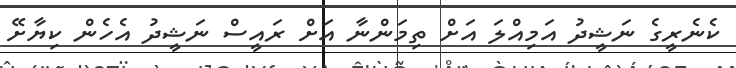
ކެނެރީގެ ނަޝީދު އަމިއްލަ އަށް ތިމަންނާ އަށް ރައީސް ނަޝީދު އެހެން ކިޔާށޭ